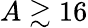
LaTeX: A\gtrsim 16